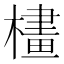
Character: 𣛛